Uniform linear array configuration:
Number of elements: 48
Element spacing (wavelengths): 1
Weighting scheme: binomial
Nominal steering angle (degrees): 30
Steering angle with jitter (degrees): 30.202
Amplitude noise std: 0.05
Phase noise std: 0.05

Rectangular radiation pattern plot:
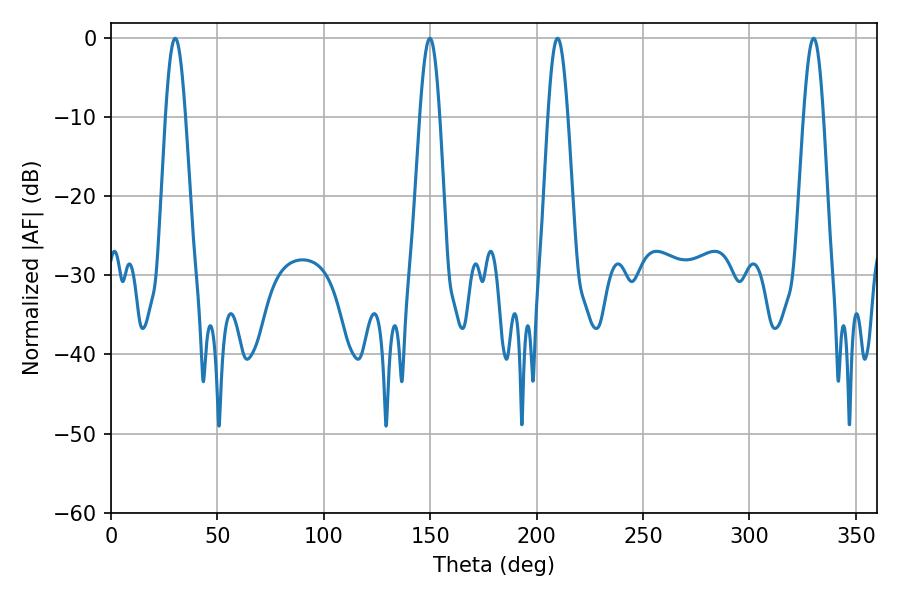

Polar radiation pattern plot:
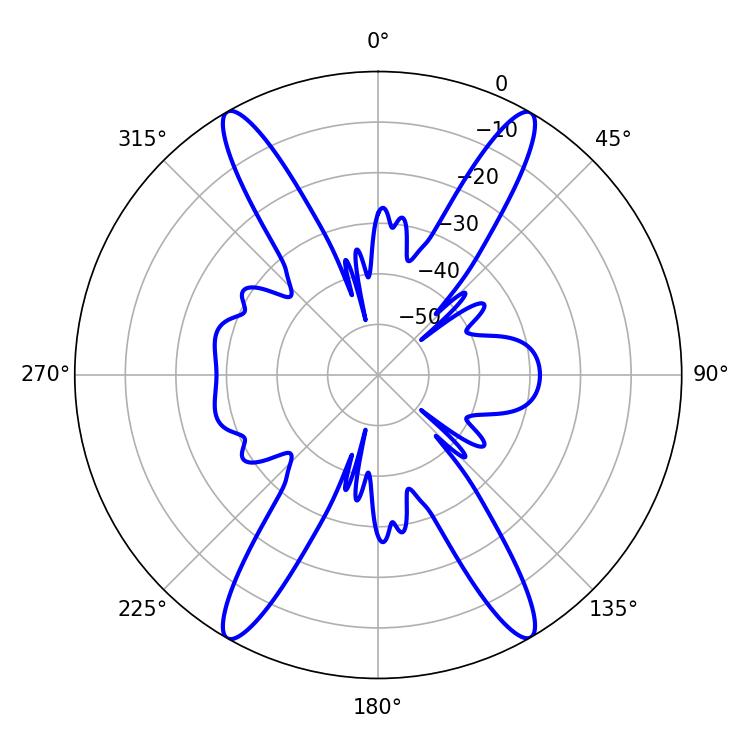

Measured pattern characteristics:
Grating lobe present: TRUE
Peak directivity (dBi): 39.528
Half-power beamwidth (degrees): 5.04
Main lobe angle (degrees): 209.88